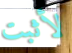
لأثبت